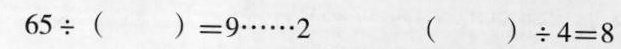
65÷ () =9……2 () ÷4=8